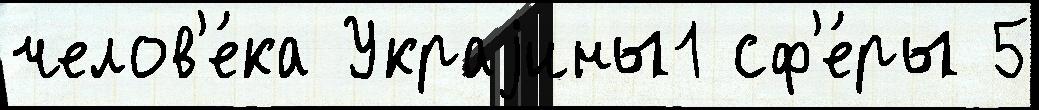
челов'е́ка Украjины1 сф'е́ры 5